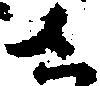
さ